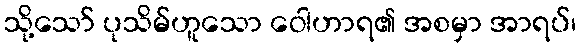
သို့သော် ပုသိမ်ဟူသော ဝေါဟာရ၏ အစမှာ အာရပ်၊